Report of the Hyderabad Chloroform Commission
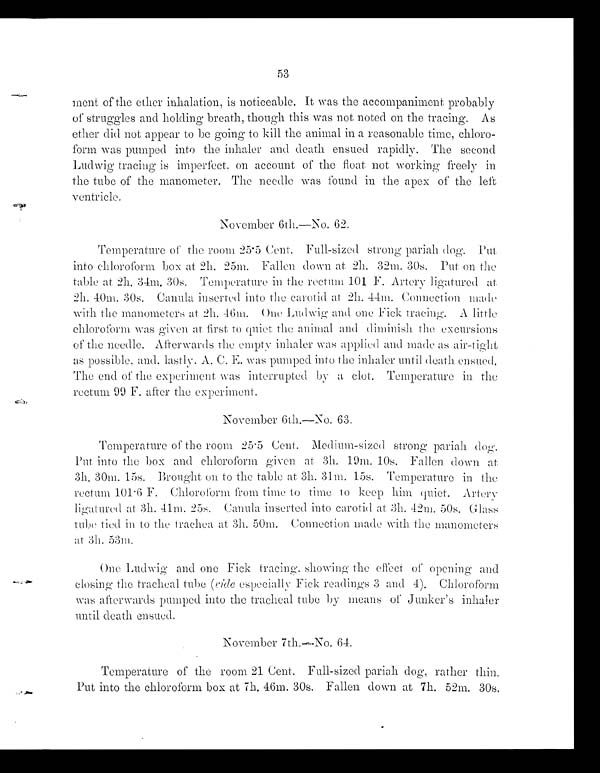
53
melt of the ether inhalation, is noticeable. It was the accompaniment probably
of struggles and holding breath, though this was not noted on the tracing. As
ether did not appear to be going to kill the animal in a reasonable time, chloro-
form was pumped into the inhaler and death ensued rapidly. The second
Ludwig tracing is imperfect, on account of the float not working freely in
the tube of the manometer. The needle was found in the apex of the left
ventricle.
November 6th.—No. 62.
Temperature of tile room 25.5 Cent. Full-sized strong pariah dog. Put
into chloroform box at 2h. 25m. Fallen down at 2h. 32m. 30s. Put on the
table at 2h. 34m. 30s. Temperature in the rectum 101 F. Artery ligatured at
2h. 40m. 30s. Canula inserted into the carotid at 2h. 44m. Connection made
with the manometers at 2h. 46m. One Ludwig and one Fick tracing. A little
chloroform was given at first to quiet the animal and diminish the excursions
of the needle. Afterwards the empty inhaler was applied and made as air-tight
as possible, and. lastly, A. C. E. was pumped into the inhaler until death ensued,
The end of the experiment was interrupted by a clot. Temperature in the
rectum 99 F. after the experiment.
November 6th.—No. 63.
Temperature of the room 25 . 5 Cent. Medium-sized strong pariah dog.
Put into the box and chloroform given at. 3h. 19m. 10s. Fallen down at
3h. 30m. 15s. Brought on to the table at 3h. 31m. 15s. Temperature in the
rectum 101 . 6 F. Chloroform from time 10 time to keep him quiet. Artery
ligatured at 3h. 41m. 25s. Canula inserted into carotid at 3h. 42m. 50s. Glass
tube tied in. to the trachea at 3h. 50m. Connection. made with the manometers
at 3h. 53m.
One Ludwig and one Fick tracing. showing the effect of opening and
closing the tracheal tube (ride especially Fick readings 3 and 4). Chloroform
was afterwards pumped into the tracheal tube by means of Junker's inhaler
until death ensued.
November 7th.—No. 64.
Temperature of the room 21 Cent. Full-sized pariah dog, rather thin.
Put i nt o t he chl or of or m box at 7h. 46m, 30s. Fal l en down at 7h. 52m. 30s,